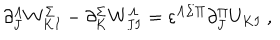
LaTeX: \partial _ { J } ^ { \Lambda } W _ { K I } ^ { \Sigma } - \partial _ { K } ^ { \Sigma } W _ { J I } ^ { \Lambda } = \varepsilon ^ { \Lambda \Sigma \Pi } \partial _ { J } ^ { \Pi } U _ { K I } \ ,